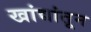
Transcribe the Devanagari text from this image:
खांद्यांतून